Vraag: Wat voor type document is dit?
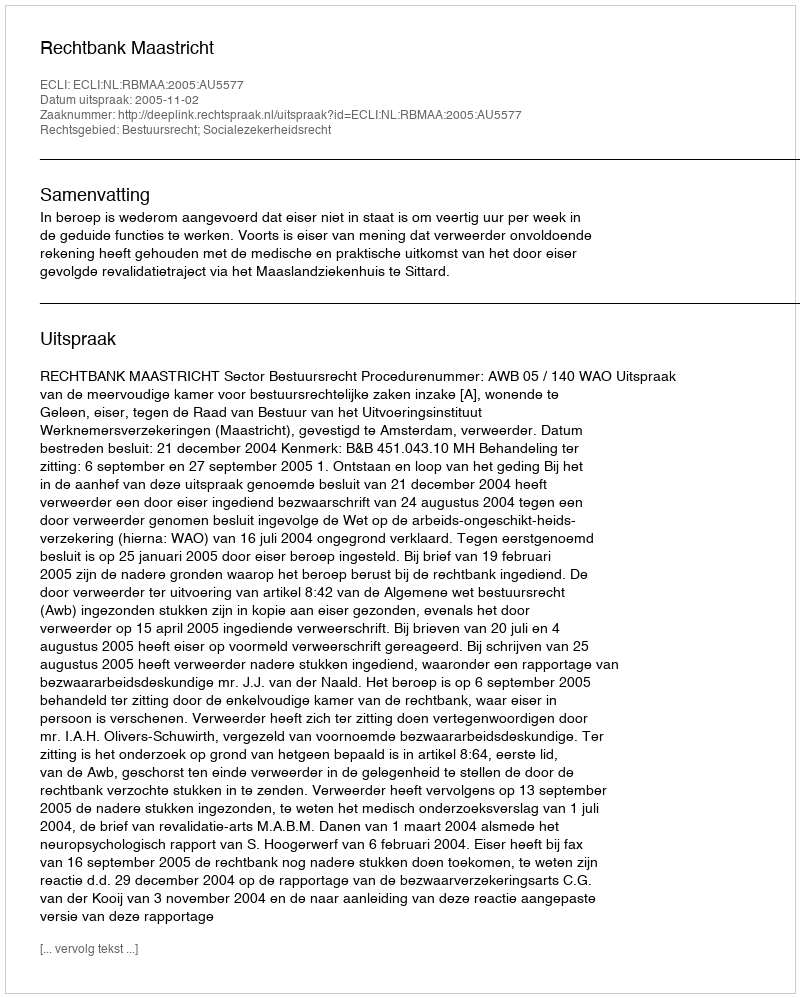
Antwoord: Uitspraak